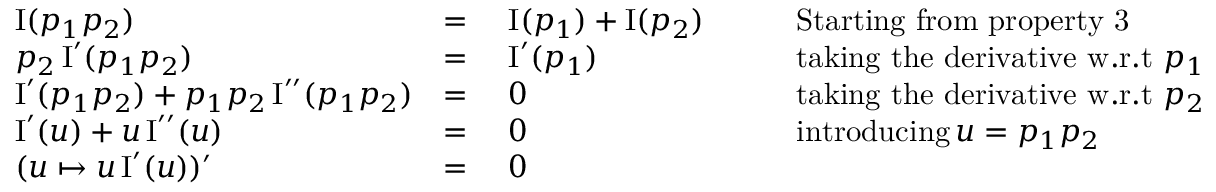
{ \begin{array} { r l r l r l } & { \operatorname { I } ( p _ { 1 } p _ { 2 } ) } & { = \ } & { \operatorname { I } ( p _ { 1 } ) + \operatorname { I } ( p _ { 2 } ) } & & { \quad { \mathrm { S t a r t i n g ~ f r o m ~ p r o p e r t y ~ 3 } } } \\ & { p _ { 2 } \operatorname { I } ^ { \prime } ( p _ { 1 } p _ { 2 } ) } & { = \ } & { \operatorname { I } ^ { \prime } ( p _ { 1 } ) } & & { \quad { \mathrm { t a k i n g ~ t h e ~ d e r i v a t i v e ~ w . r . t } } \ p _ { 1 } } \\ & { \operatorname { I } ^ { \prime } ( p _ { 1 } p _ { 2 } ) + p _ { 1 } p _ { 2 } \operatorname { I } ^ { \prime \prime } ( p _ { 1 } p _ { 2 } ) } & { = \ } & { 0 } & & { \quad { \mathrm { t a k i n g ~ t h e ~ d e r i v a t i v e ~ w . r . t } } \ p _ { 2 } } \\ & { \operatorname { I } ^ { \prime } ( u ) + u \operatorname { I } ^ { \prime \prime } ( u ) } & { = \ } & { 0 } & & { \quad { \mathrm { i n t r o d u c i n g } } \, u = p _ { 1 } p _ { 2 } } \\ & { ( u \mapsto u \operatorname { I } ^ { \prime } ( u ) ) ^ { \prime } } & { = \ } & { 0 } \end{array} }